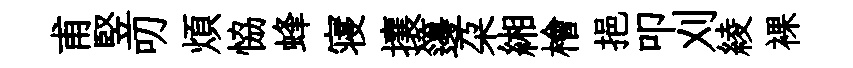
甫竪叨煩恊蜂寝攘籩朶緗檜挹叩刈綾裸